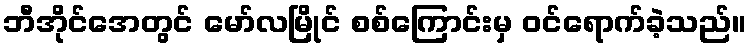
ဘီအိုင်အေတွင် မော်လမြိုင် စစ်ကြောင်းမှ ဝင်ရောက်ခဲ့သည်။